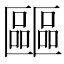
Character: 𠥺